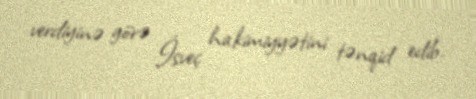
verdiyinə görə İsveç hakimiyyətini tənqid edib.